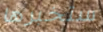
ستخبرها